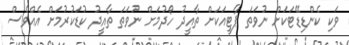
ވަކި ކެންޑިޑޭޓަކަށް ނުވަތަ ޕާޓީއަކަށް ތާއީދު ހޯދުމަށް ނުވަތަ ތާއީދު ކުޑަކުރުމަށް އެއްވެސް